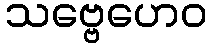
သဗ္ဗေဟေဝ